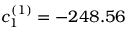
c _ { 1 } ^ { ( 1 ) } = - 2 4 8 . 5 6